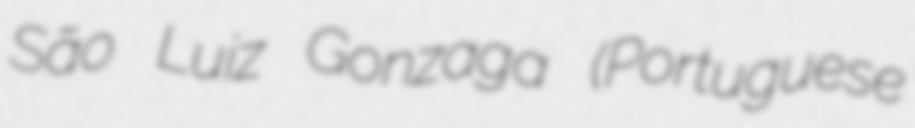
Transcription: São Luiz Gonzaga (Portuguese